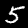
Label: 5